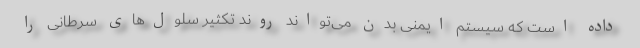
داده است که سیستم ایمنی بدن می‌تواند روند تکثیر سلول‌های سرطانی را